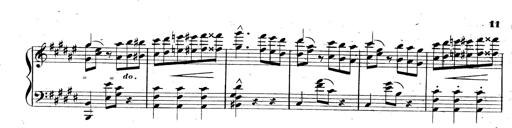
Title: 3 Caprices-Valses
Composer: Franz Liszt